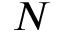
N